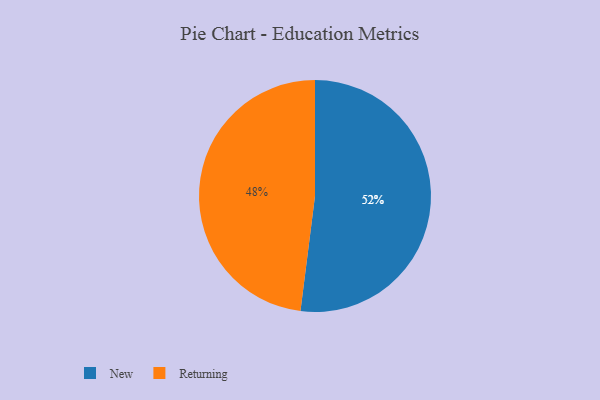
{"axis": {"x": "Category", "y": "Percentage"}, "legend": ["New", "Returning"], "data": [{"x": "Returning", "y": 48, "type": "Returning"}, {"x": "New", "y": 52, "type": "New"}]}